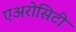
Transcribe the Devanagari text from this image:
एअरोसिटी